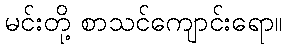
မင်းတို့ စာသင်ကျောင်းရော။